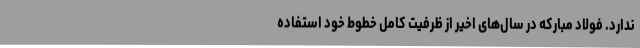
ندارد. فولاد مبارکه در سال‌های اخیر از ظرفیت کامل خطوط خود استفاده